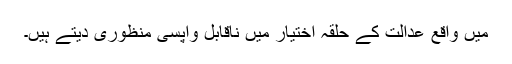
میں واقع عدالت کے حلقہ اختیار میں ناقابل واپسی منظوری دیتے ہیں۔